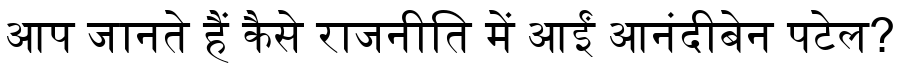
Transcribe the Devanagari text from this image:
आप जानते हैं कैसे राजनीति में आईं आनंदीबेन पटेल?